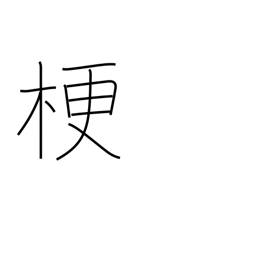
Meaning: close up